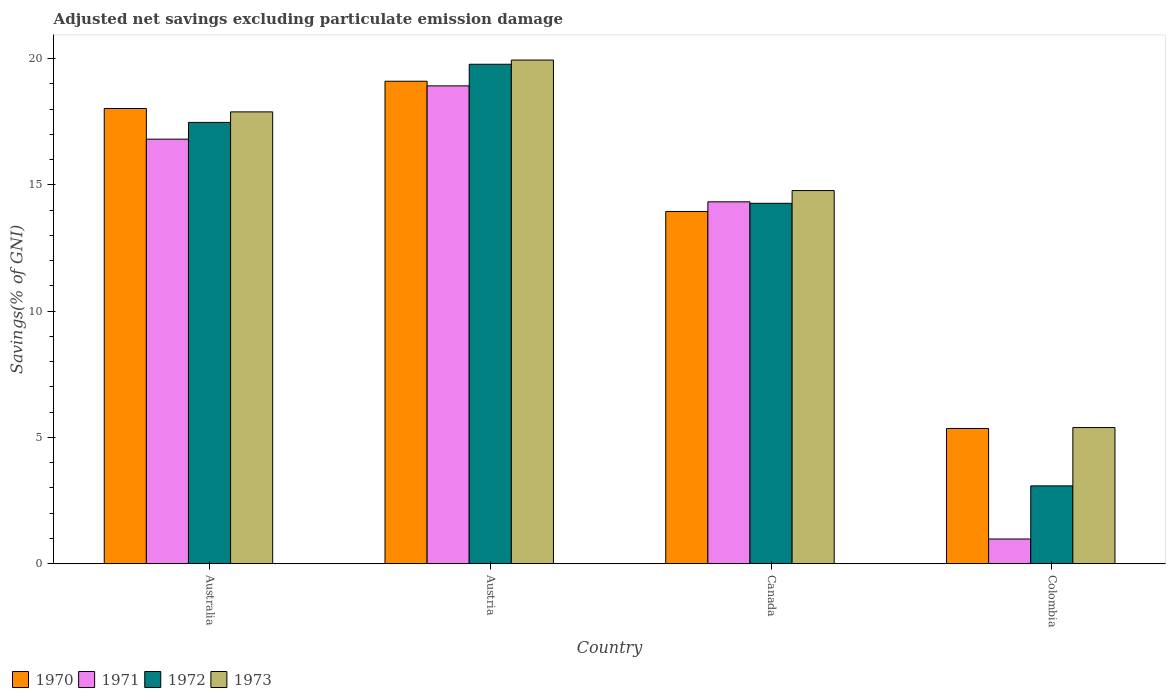
| Country | 1970 | 1971 | 1972 | 1973 |
 | --- | --- | --- | --- | --- |
 | Australia | 18 | 16.8 | 17.5 | 17.9 |
 | Austria | 19.1 | 18.9 | 19.8 | 19.9 |
 | Canada | 13.9 | 14.3 | 14.3 | 14.8 |
 | Colombia | 5.36 | 0.979 | 3.08 | 5.39 |